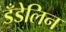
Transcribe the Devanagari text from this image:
डँडेलिन